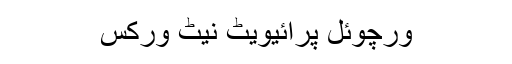
ورچوئل پرائیویٹ نیٹ ورکس